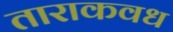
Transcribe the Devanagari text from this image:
ताराकवध